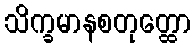
သိက္ခမာနစတုတ္ထော